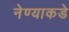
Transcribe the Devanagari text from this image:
नेण्याकडे